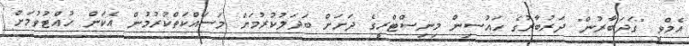
އެމްވީ "ގަދަބާރުން" ދަރުބާރުގެ ހައުސިން މިނިސްޓްރީގެ ދަށަށް ބަދަލުކުރުމަށް މަސައްކަތްކުރުމުން އެކަން ހުއްޓުވުމަށް